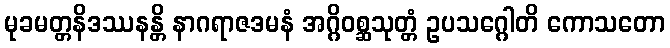
မုခမတ္တနိဒဿနန္တိ နာဂရာဇဒမနံ အဂ္ဂိဝစ္ဆသုတ္တံ ဥပသဂ္ဂေါတိ ကောသတော